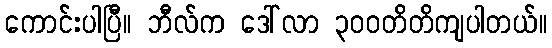
ကောင်းပါပြီ။ ဘီလ်က ဒေါ်လာ ၃၀၀တိတိကျပါတယ်။